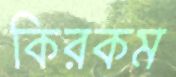
কিরকম